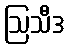
ဩသီဒ